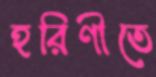
হরিণীতে